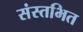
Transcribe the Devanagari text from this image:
संस्तभित